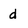
Character: d